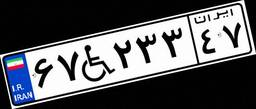
۶۷W۲۳۳۴۷